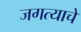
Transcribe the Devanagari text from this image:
जगत्याचे